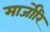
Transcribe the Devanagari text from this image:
मार्जोरि